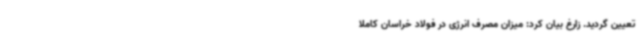
تعیین گردید. زارغ بیان کرد: میزان مصرف انرژی در فولاد خراسان کاملا